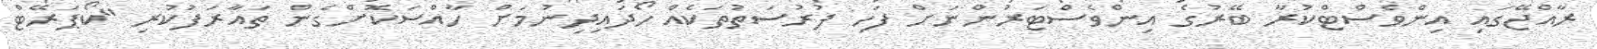
ރާއްޖޭގައި އިންވެސްޓްކުރާ ބޭރުގެ އިންވެސްޓަރުންނަށް ފަހި ފުރުސަތުތަކެއް ހޯދައިދިނުމަށް ހާއްސަކޮށްގެން ތައާރަފުކުރި "ކޯޕަރޭޓް